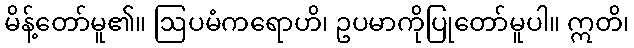
မိန့်တော်မူ၏။ ဩပမံကရောဟိ၊ ဥပမာကိုပြုတော်မူပါ။ ဣတိ၊